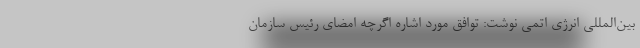
بین‌المللی انرژی اتمی نوشت: توافق مورد اشاره اگرچه امضای رئیس ‌سازمان